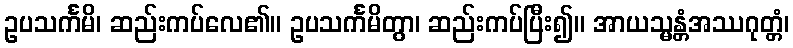
ဥပသင်္ကမိ၊ ဆည်းကပ်လေ၏။ ဥပသင်္ကမိတွာ၊ ဆည်းကပ်ပြီး၍။ အာယသ္မန္တံအဿဂုတ္တံ၊